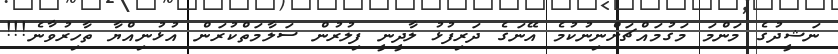
ނަޝީދުގެ މަންމަ މަގުމައްޗަށްނިނުކުމެ އޭނަގެ ދަރިފުޅު ލާދީނީ ފިލުރުން ސަލާމަތްކުރަން އުޅުނިއްޔާ ތާހިރުވާނެ!!!